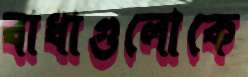
বাধাগুলোকে